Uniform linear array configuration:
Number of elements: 12
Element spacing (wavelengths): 0.25
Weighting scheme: binomial
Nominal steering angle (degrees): -60
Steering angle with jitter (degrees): -58.757
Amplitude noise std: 0.05
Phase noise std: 0.05

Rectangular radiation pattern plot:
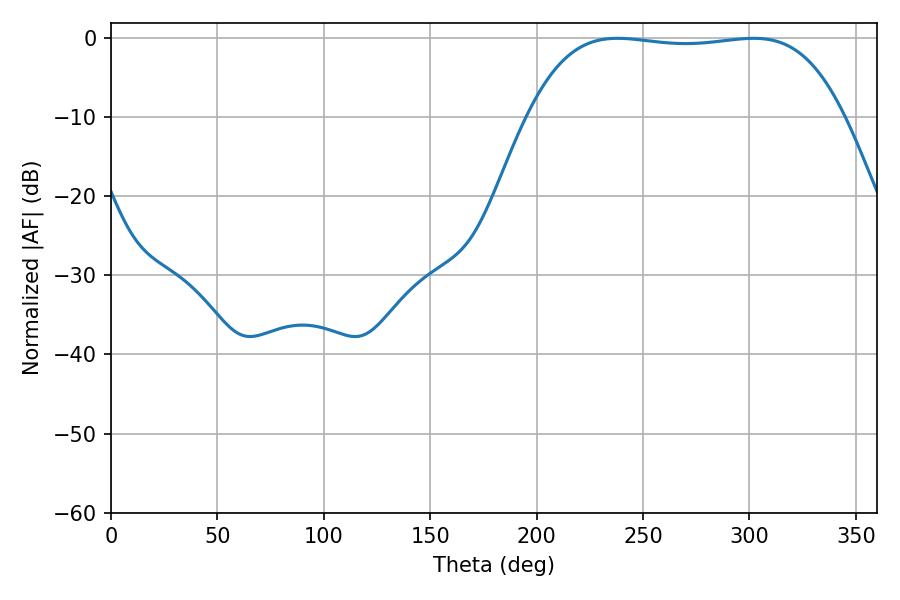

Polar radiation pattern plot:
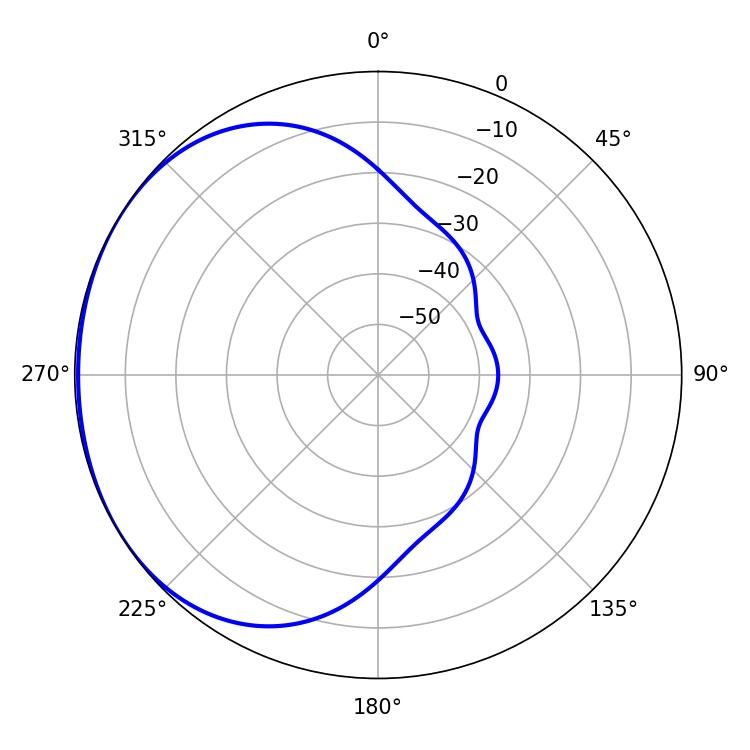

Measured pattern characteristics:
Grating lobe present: FALSE
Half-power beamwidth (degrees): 116.64
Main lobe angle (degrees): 237.96